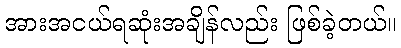
အားအငယ်ရဆုံးအချိန်လည်း ဖြစ်ခဲ့တယ်။